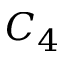
C _ { 4 }